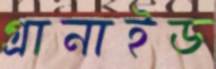
গ্রানাইড